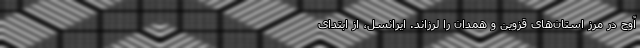
آوج در مرز استان‌های قزوین و همدان را لرزاند. ایرانسل، از ابتدای